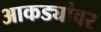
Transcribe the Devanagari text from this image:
आकड्यांवर